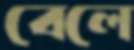
বেলে